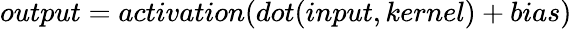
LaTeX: output=activation(dot(input,kernel)+bias)